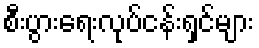
စီးပွားရေးလုပ်ငန်းရှင်များ